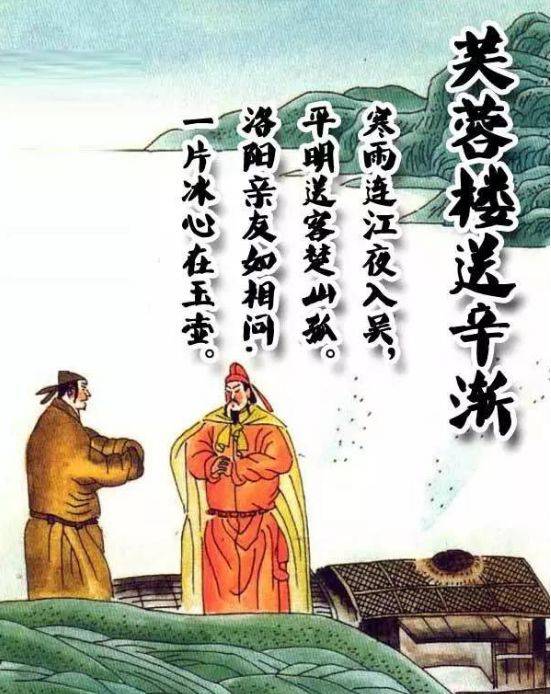
洛阳亲友如相问，一片冰心在玉壶。